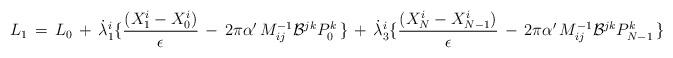
LaTeX: \begin{align*}L_1\,=\, L_0 \,+\,\dot\lambda_1^i \lbrace {( X^i_1 - X^i_0 ) \over \epsilon } \, - \, 2 \pi \alpha^\prime\, M^{-1}_{ij}{\cal B}^{jk} P_0^k \,\rbrace\,+\,\dot\lambda_3^i \lbrace{( X^i_N - X^i_{N-1} ) \over \epsilon } \, - \, 2 \pi \alpha^\prime\, M^{-1}_{ij}{\cal B}^{jk} P_{N-1}^k \,\rbrace\end{align*}